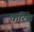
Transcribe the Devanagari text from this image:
कॉरेल